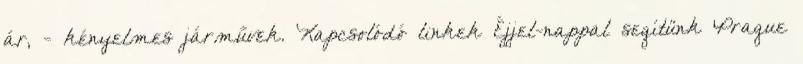
ár, - kényelmes járművek. Kapcsolódó linkek Éjjel-nappal segítünk Prague